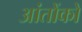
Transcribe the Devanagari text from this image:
आंतोंको